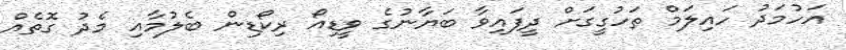
އަހުމަދު ހައިލަމް ތަހުގީގަށް ދީފައިވާ ބަޔާނުގެ ވީޑިއޯ ރިކޯޑިން ބެލުމާއި މެދު ގޮތެއް